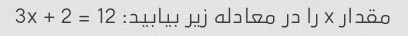
مقدار x را در معادله زیر بیابید: 3x + 2 = 12